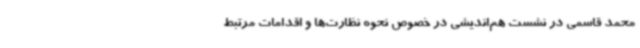
محمد قاسمی در نشست هم‌اندیشی در خصوص نحوه نظارت‌ها و اقدامات مرتبط